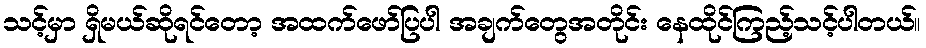
သင့်မှာ ရှိမယ်ဆိုရင်တော့ အထက်ဖော်ပြပါ အချက်တွေအတိုင်း နေထိုင်ကြည့်သင့်ပါတယ်။